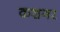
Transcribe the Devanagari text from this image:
कशगर